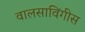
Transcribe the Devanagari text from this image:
वालसाविंगीस